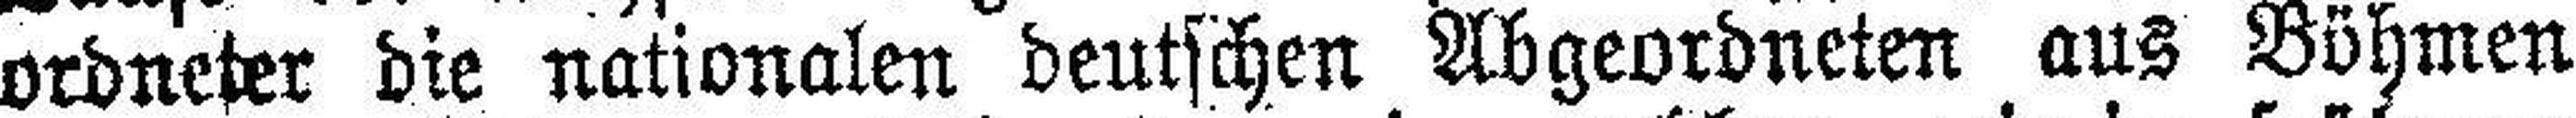
ordneter die nationalen deutschen Abgeordneten aus Böhmen